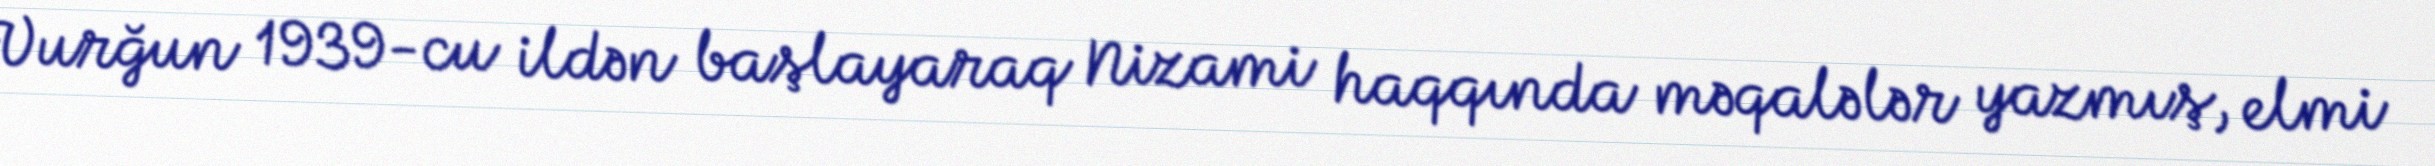
Vurğun 1939-cu ildən başlayaraq Nizami haqqında məqalələr yazmış, elmi